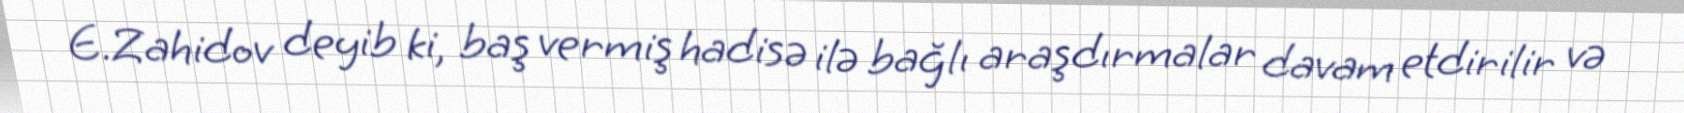
E.Zahidov deyib ki, baş vermiş hadisə ilə bağlı araşdırmalar davam etdirilir və